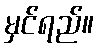
မှင်ရည်။